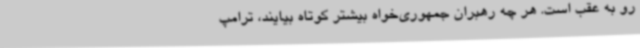
رو به عقب است. هر چه رهبران جمهوری‌خواه بیشتر کوتاه بیایند، ترامپ